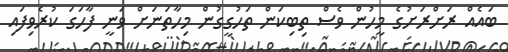
ބައެއް ރަށްރަށުގެ މީހުން ވެސް ތިބިކަން ތަހުގީގުން މިހާތަނަށް ވަނީ ފާހަގަ ކުރެވިފައި